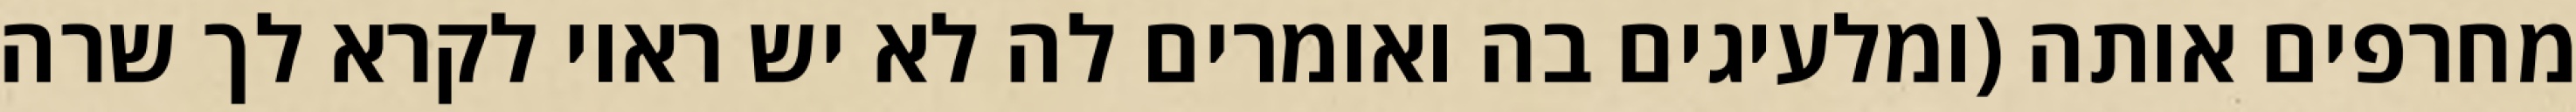
מחרפים אותה (ומלעיגים בה ואומרים לה לא יש ראוי לקרא לך שרה